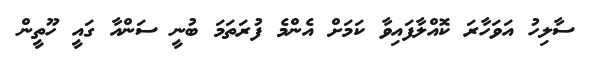
ސާލިހު އަވަހާރަ ކޮއްލާފައިވާ ކަމަށް އެންމެ ފުރަތަމަ ބުނީ ސަންއާ ގައީ ހޫތީން